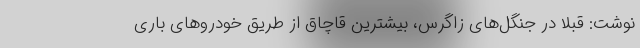
نوشت: قبلاً در جنگل‌های زاگرس، بیشترین قاچاق از طریق خودروهای باری